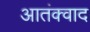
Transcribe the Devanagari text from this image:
आतंक्वाद